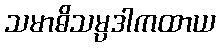
သမာဓိသမ္ပဒါကထာယ